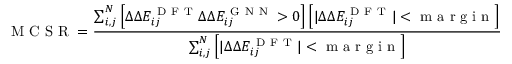
\centering \mathrm { ~ M ~ C ~ S ~ R ~ } = \frac { \sum _ { i , j } ^ { N } \left[ \Delta \Delta E _ { i j } ^ { \mathrm { ~ D ~ F ~ T ~ } } \Delta \Delta E _ { i j } ^ { \mathrm { ~ G ~ N ~ N ~ } } > 0 \right] \left[ \lvert \Delta \Delta E _ { i j } ^ { \mathrm { ~ D ~ F ~ T ~ } } \rvert < \mathrm { ~ m ~ a ~ r ~ g ~ i ~ n ~ } \right] } { \sum _ { i , j } ^ { N } \left[ \lvert \Delta \Delta E _ { i j } ^ { \mathrm { ~ D ~ F ~ T ~ } } \rvert < \mathrm { ~ m ~ a ~ r ~ g ~ i ~ n ~ } \right] }